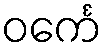
ဝင်္ကေ